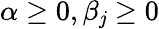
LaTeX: \alpha\geq0,\beta_{\mathit{j}}\geq0